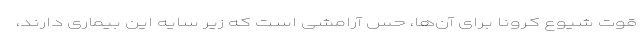
قوت شیوع کرونا برای آن‌ها، حس آرامشی است که زیر سایه این بیماری دارند،